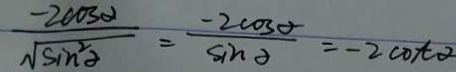
\frac { - 2 \cos \alpha } { \sqrt { \sin } ^ { 2 } \alpha } = \frac { - 2 \cos \alpha } { \sin \alpha } = - 2 \cot \alpha